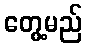
တွေ့မည်